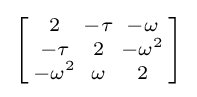
\left[{\begin{smallmatrix}2&-\tau &-\omega \\-\tau &2&-\omega ^{2}\\-\omega ^{2}&\omega &2\end{smallmatrix}}\right]